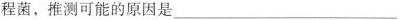
程菌，推测可能的原因是___